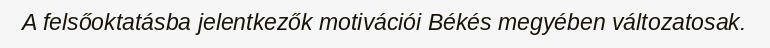
A felsőoktatásba jelentkezők motivációi Békés megyében változatosak.